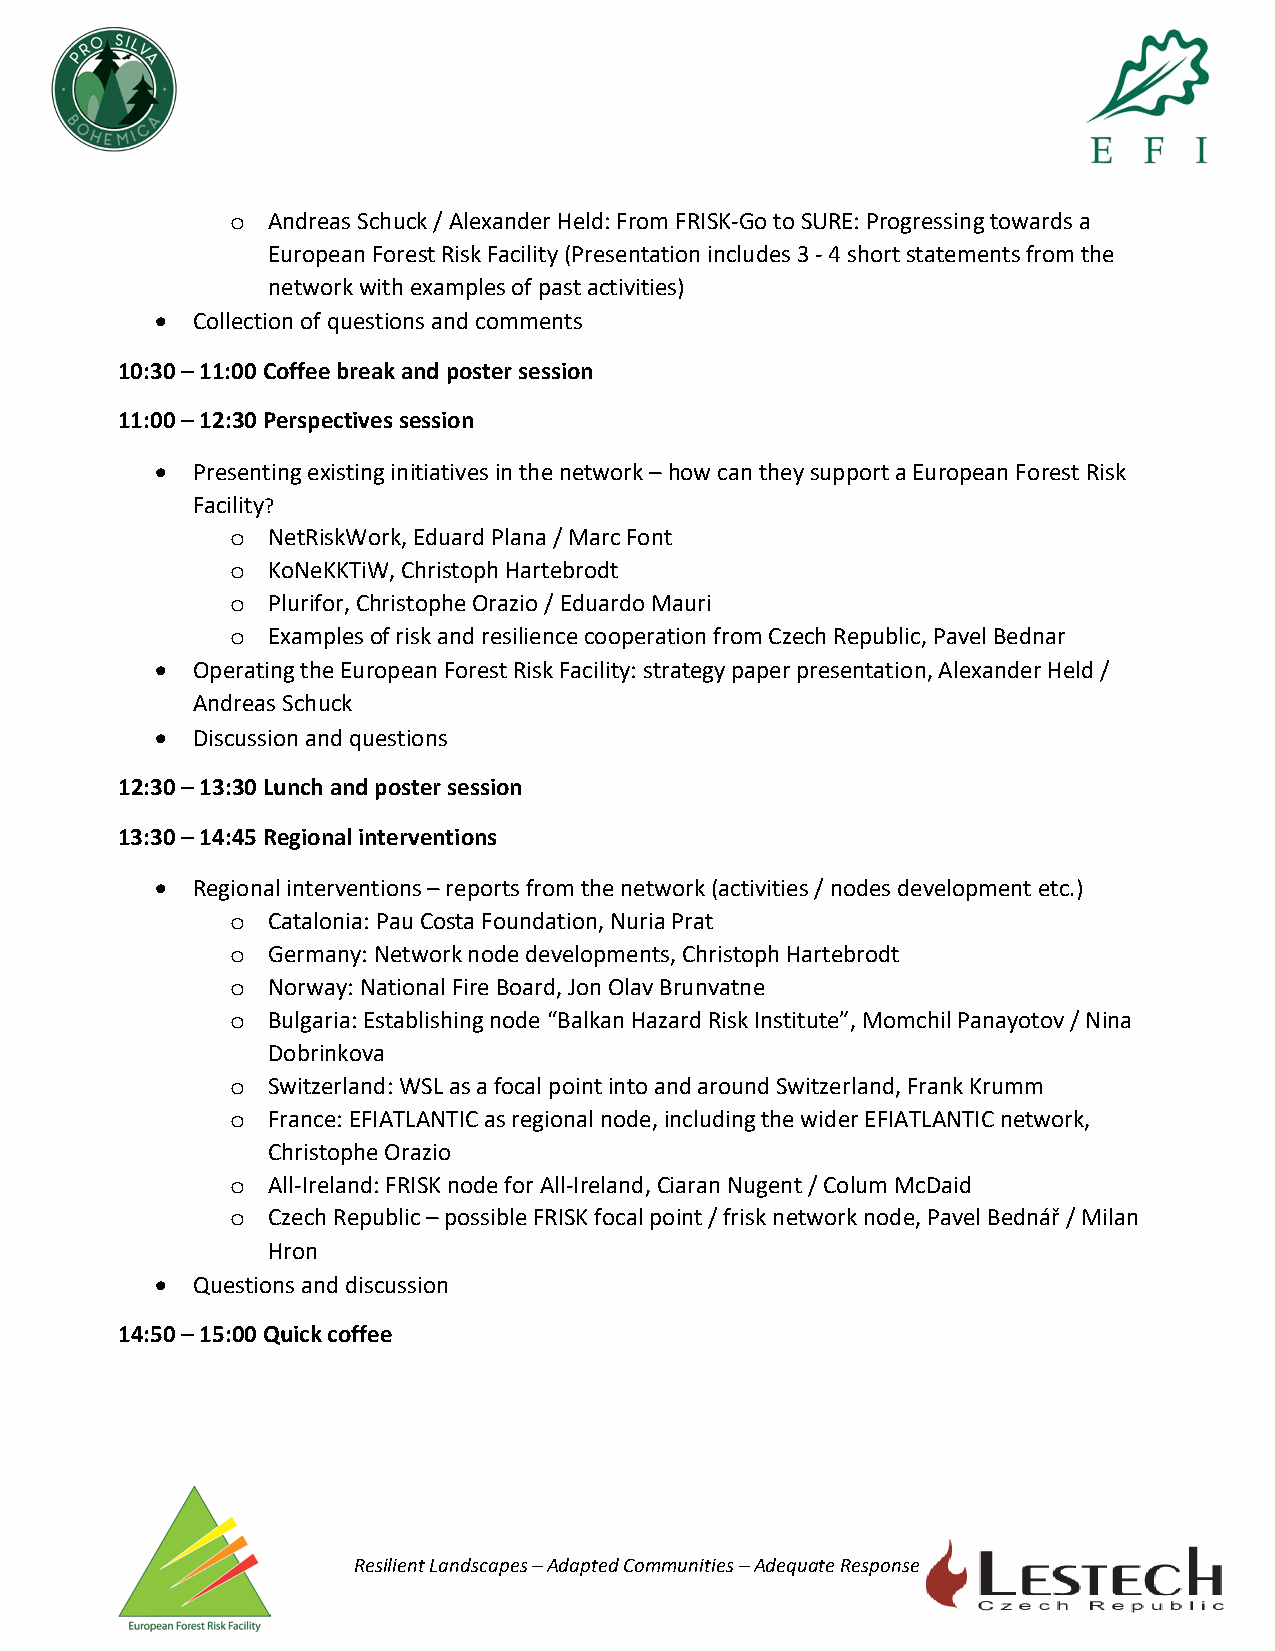
Andreas Schuck / Alexander Held: From FRISK-Go to SURE: Progressing towards a
 o
 European Forest Risk Facility (Presentation includes 3 - 4 short statements from the
 network with examples of past activities)
 •  Collection of questions and comments
 10:30 – 11:00 Coffee break and poster session
 11:00 – 12:30 Perspectives session
 •  Presenting existing initiatives in the network – how can they support a European Forest Risk
 Facility?
 NetRiskWork, Eduard Plana / Marc Font
 o
 KoNeKKTiW, Christoph Hartebrodt
 o
 Plurifor, Christophe Orazio / Eduardo Mauri
 o
 Examples of risk and resilience cooperation from Czech Republic, Pavel Bednar
 o
 •  Operating the European Forest Risk Facility: strategy paper presentation, Alexander Held /
 Andreas Schuck
 •  Discussion and questions
 12:30 – 13:30 Lunch and poster session
 13:30 – 14:45 Regional interventions
 •  Regional interventions – reports from the network (activities / nodes development etc.)
 Catalonia: Pau Costa Foundation, Nuria Prat
 o
 Germany: Network node developments, Christoph Hartebrodt
 o
 Norway: National Fire Board, Jon Olav Brunvatne
 o
 Bulgaria: Establishing node “Balkan Hazard Risk Institute”, Momchil Panayotov / Nina
 o
 Dobrinkova
 Switzerland: WSL as a focal point into and around Switzerland, Frank Krumm
 o
 France: EFIATLANTIC as regional node, including the wider EFIATLANTIC network,
 o
 Christophe Orazio
 All-Ireland: FRISK node for All-Ireland, Ciaran Nugent / Colum McDaid
 o
 Czech Republic – possible FRISK focal point / frisk network node, Pavel Bednář / Milan
 o
 Hron
 •  Questions and discussion
 14:50 – 15:00 Quick coffee
 Resilient Landscapes – Adapted Communities – Adequate Response